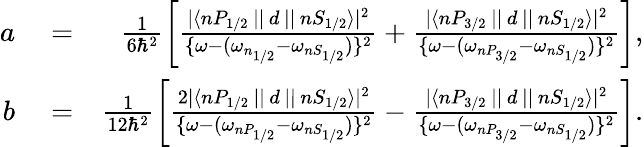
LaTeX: \begin{array}{rlr}{a}&{{}=}&{\frac{1}{6\hbar^{2}}\left[\frac{|\langle nP_{1/2}\, ||\, d\, ||\, nS_{1/2}\rangle|^{2}}{\{ \omega-(\omega_{n_{1/2}}-\omega_{nS_{1/2}})\} ^{2}}+\frac{|\langle nP_{3/2}\, ||\, d\, ||\, nS_{1/2}\rangle|^{2}}{\{ \omega-(\omega_{nP_{3/2}}-\omega_{nS_{1/2}})\} ^{2}}\right],}\\ {b}&{{}=}&{\frac{1}{12\hbar^{2}}\left[\frac{2|\langle nP_{1/2}\, ||\, d\, ||\, nS_{1/2}\rangle|^{2}}{\{ \omega-(\omega_{nP_{1/2}}-\omega_{nS_{1/2}})\} ^{2}}-\frac{|\langle nP_{3/2}\, ||\, d\, ||\, nS_{1/2}\rangle|^{2}}{\{ \omega-(\omega_{nP_{3/2}}-\omega_{nS_{1/2}})\} ^{2}}\right].}\end{array}